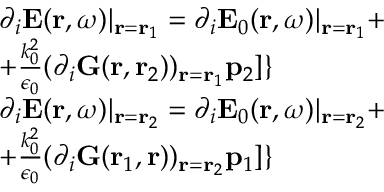
\begin{array} { r l } & { \partial _ { i } \mathbf { E } ( \mathbf { r } , \omega ) | _ { \mathbf { r } = \mathbf { r } _ { 1 } } = \partial _ { i } \mathbf { E } _ { 0 } ( \mathbf { r } , \omega ) | _ { \mathbf { r } = \mathbf { r } _ { 1 } } + } \\ & { + \frac { k _ { 0 } ^ { 2 } } { \epsilon _ { 0 } } ( \partial _ { i } \mathbf { G } ( \mathbf { r } , \mathbf { r } _ { 2 } ) ) _ { \mathbf { r } = \mathbf { r } _ { 1 } } \mathbf { p } _ { 2 } ] \} } \\ & { \partial _ { i } \mathbf { E } ( \mathbf { r } , \omega ) | _ { \mathbf { r } = \mathbf { r } _ { 2 } } = \partial _ { i } \mathbf { E } _ { 0 } ( \mathbf { r } , \omega ) | _ { \mathbf { r } = \mathbf { r } _ { 2 } } + } \\ & { + \frac { k _ { 0 } ^ { 2 } } { \epsilon _ { 0 } } ( \partial _ { i } \mathbf { G } ( \mathbf { r } _ { 1 } , \mathbf { r } ) ) _ { \mathbf { r } = \mathbf { r } _ { 2 } } \mathbf { p } _ { 1 } ] \} } \end{array}